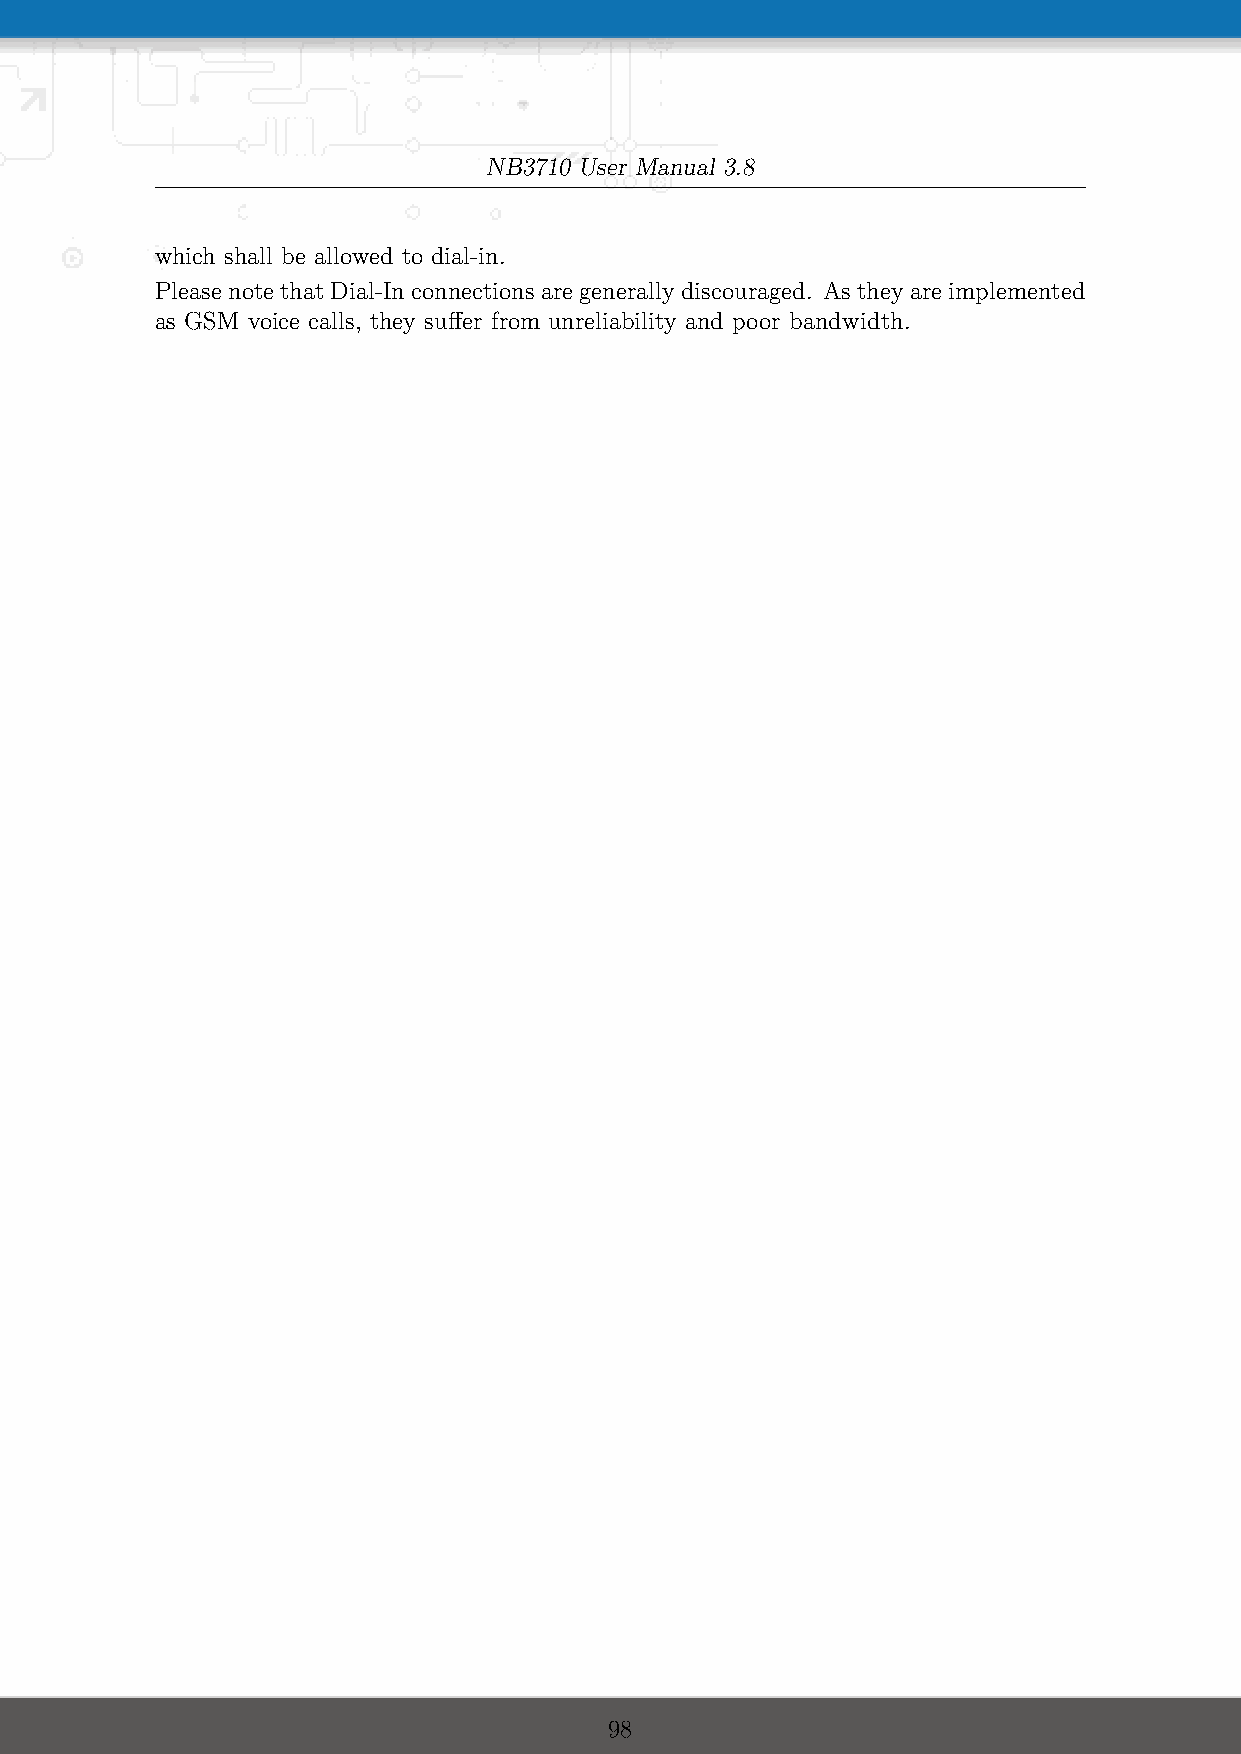
NB3710 User Manual 3.8
 which shall be allowed to dial-in.
 PleasenotethatDial-Inconnectionsaregenerallydiscouraged. Astheyareimplemented
 as GSM voice calls, they suffer from unreliability and poor bandwidth.
 98